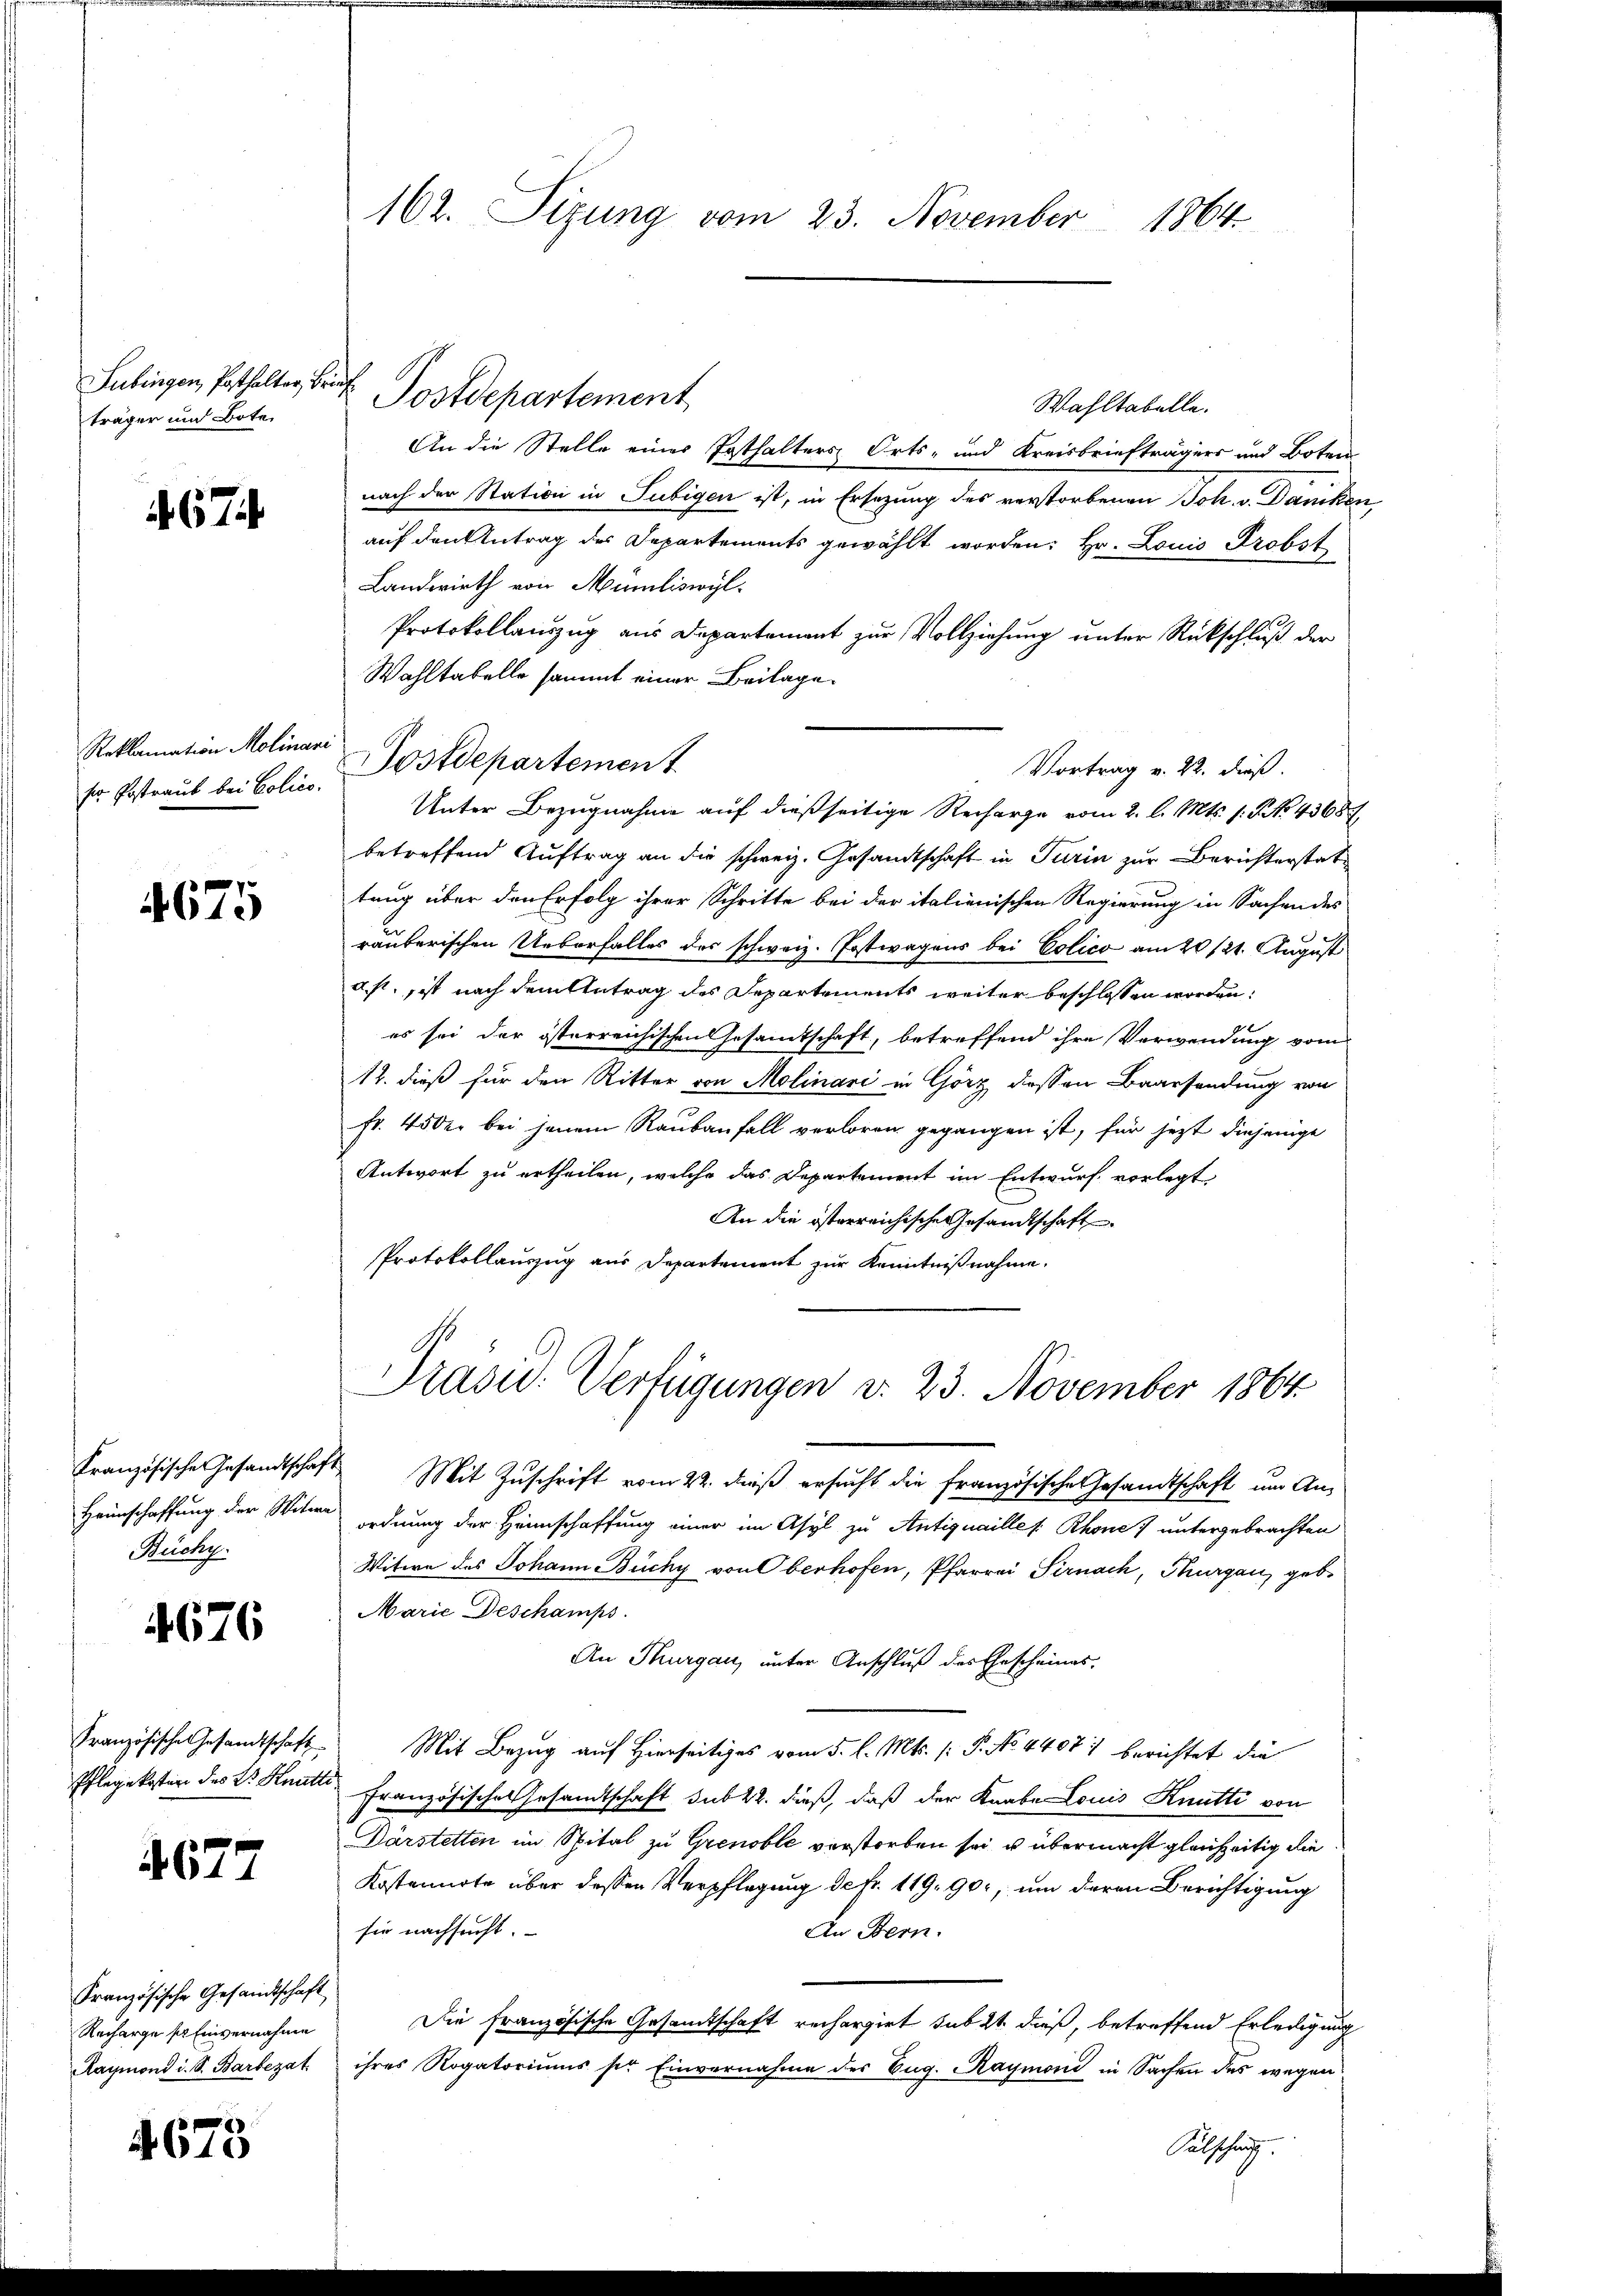
Fübingen, Posthalter,
träger und Bote,

67

Reklamation Molinar
ser Postraub bei Polico.

4675

Kranzösische Gesandtschaf
Heimschaffung der Witwe
Buchy

676

Französische Gesandtschaft
Pflegekosten des E. Knatte

4677

Französische Gesandtschaft
Recharge so Einvernahme
Raymond i. S. Barbezat

4673

162. Sizung vom 23. November 1864.

Wahltabelle.
An die Stelle einer Posthalters Orts- und Kreisbriefträgers und Boten
nach der Station in Subigen ist, in Ersezung des verstorbenen Joh. v. Daniker
auf den Antrag des Departements gewählt worden: Hr. Louis Probst
Landwirth von Mündliswyl¬
Protokollauszug aus Departement zur Vollziehung unter Rückschluß der
Wahltabelle sammt einer Beilage.
Postdepartement
Unter Bezugnahme auf dießseitige Recharge vom 2. l. Mts. 1. No 43687.
betreffend Auftrag an die schweiz. Gesandtschaft in Turin zur Berichterstattung über den Erfolg ihrer Schritte bei der italienischen Regierung in Sachendes
räuberischen Ueberfalles des schweiz. Postwagens bei Colico am 20/21. August
d. s. ist nach dem Antrag des Departements weiter beschlossen worden:
es sei der österreichischen Gesamtschaft, betreffend ihre Verwendung vom
12. dieß für den Ritter von Molinari in Görz dessen Baarsendung von
Fr. 45 der bei jenem Raubanfall verloren gegangen ist, für jetzt diejenige
Antwort zu ertheilen, welche das Departement im Entwurf vorlegt
An die österreichische Gesandtschaft
Protokollauszug aus Departement zur Kenntnißnahme.
Präsid. Verfügungen d. 23. November 1864
Mit Zuschrift vom 22. dieß ersucht die französische Gesandtschaft um An-
ordnung der Heimschaffung einer im Asyl zu Antiquailles Rhone untergebrachten
Witwe des Johann Büchy von Oberhofen, Pfarrer Sirnach, Thurgau, geb.
Marie Deschamps
An Thurgau unter Anschluß des Ehescheines.
Mit Bezug auf Hierseitiges vom 5. l. Mts. (: P. No 4407) berichtet die
französisches Gesamtschaft sub 22. dieß, daß der Knabe Louis Knutti von
Darstetten im Spital zu Grenoble verstorben sei u. übermacht gleichzeitig die
Kostennote über dessen Verpflegung de fr. 119. 90, um deren Berichtigung
sie nachsucht.
An Bern.
Die französische Gesandtschaft rechargirt sub 2t dieß, betreffend Erledigung
ihres Rogatoriums ser Einvernahme des Eug. Raymoni in Sachen des wegen
Falschung.

¬
Postdepartement

Vortrag v. 22. dieß.